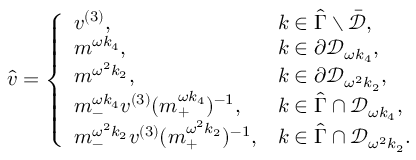
\begin{array} { r } { \hat { v } = \left\{ \begin{array} { l l } { v ^ { ( 3 ) } , } & { k \in \hat { \Gamma } \setminus \bar { \mathcal { D } } , } \\ { m ^ { \omega k _ { 4 } } , } & { k \in \partial \mathcal { D } _ { \omega k _ { 4 } } , } \\ { m ^ { \omega ^ { 2 } k _ { 2 } } , } & { k \in \partial \mathcal { D } _ { \omega ^ { 2 } k _ { 2 } } , } \\ { m _ { - } ^ { \omega k _ { 4 } } v ^ { ( 3 ) } ( m _ { + } ^ { \omega k _ { 4 } } ) ^ { - 1 } , } & { k \in \hat { \Gamma } \cap \mathcal { D } _ { \omega k _ { 4 } } , } \\ { m _ { - } ^ { \omega ^ { 2 } k _ { 2 } } v ^ { ( 3 ) } ( m _ { + } ^ { \omega ^ { 2 } k _ { 2 } } ) ^ { - 1 } , } & { k \in \hat { \Gamma } \cap \mathcal { D } _ { \omega ^ { 2 } k _ { 2 } } . } \end{array} \right. } \end{array}